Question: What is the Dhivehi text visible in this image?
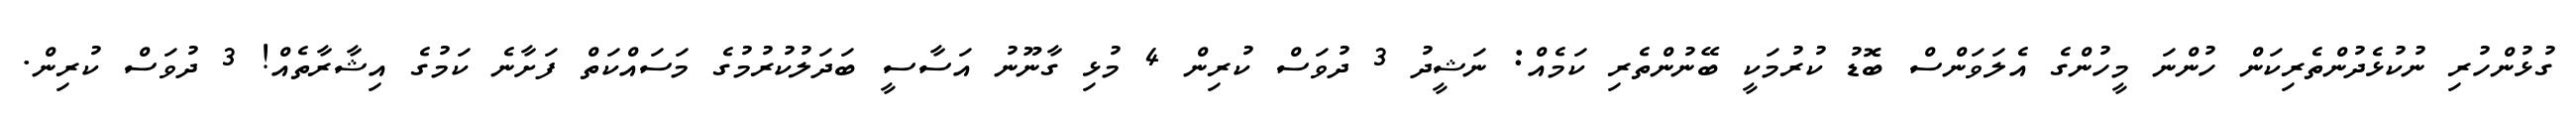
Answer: ގުޅުންހުރި ނުކުޅެދުންތެރިކަން ހުންނަ މީހުންގެ އެލަވަންސް ބޮޑު ކުރުމަކީ ބޭނުންތެރި ކަމެއް: ނަޝީދު 3 ދުވަސް ކުރިން 4 މުޅި ގާނޫނު އަސާސީ ބަދަލުކުރުމުގެ މަސައްކަތް ފަށާނެ ކަމުގެ އިޝާރާތެއް! 3 ދުވަސް ކުރިން.